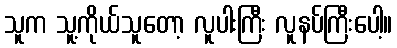
သူက သူ့ကိုယ်သူတော့ လူပါးကြီး လူနပ်ကြီးပေါ့။